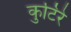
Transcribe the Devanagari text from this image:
कुटिरे